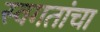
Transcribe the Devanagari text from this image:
स्वगतांचा